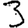
Digit: 3